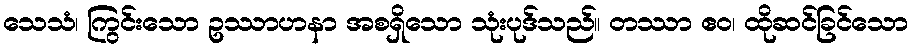
သေသံ၊ ကြွင်းသော ဥဿာဟနာ အစရှိသော သုံးပုဒ်သည်။ တဿာ ဧဝ၊ ထိုဆင်ခြင်သော